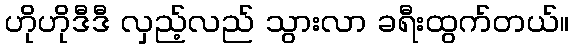
ဟိုဟိုဒီဒီ လှည့်လည် သွားလာ ခရီးထွက်တယ်။